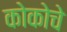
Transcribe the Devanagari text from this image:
कोकोचे